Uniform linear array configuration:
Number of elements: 12
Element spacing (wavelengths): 0.25
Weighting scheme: exponential
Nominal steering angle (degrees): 0
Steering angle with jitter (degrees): -0.968
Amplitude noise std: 0.05
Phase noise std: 0.05

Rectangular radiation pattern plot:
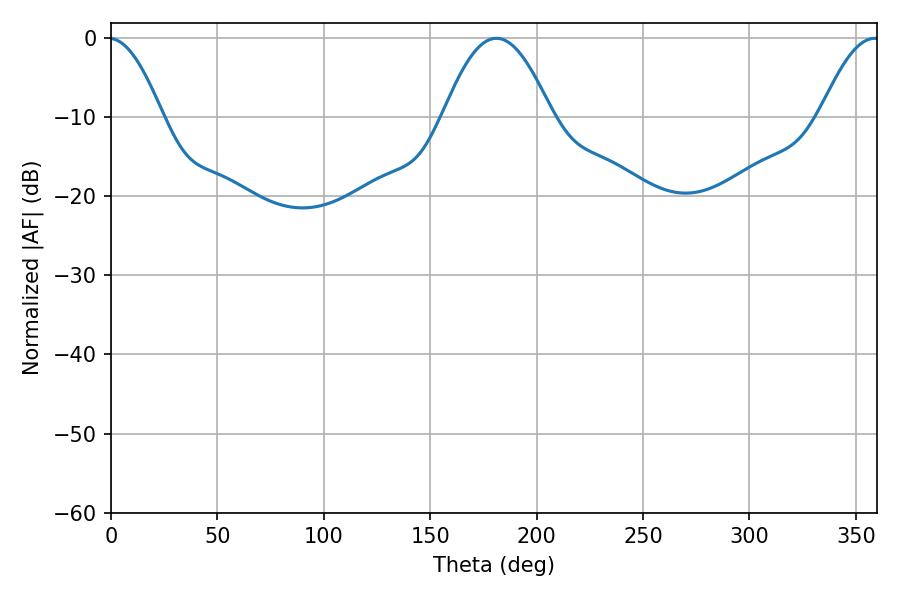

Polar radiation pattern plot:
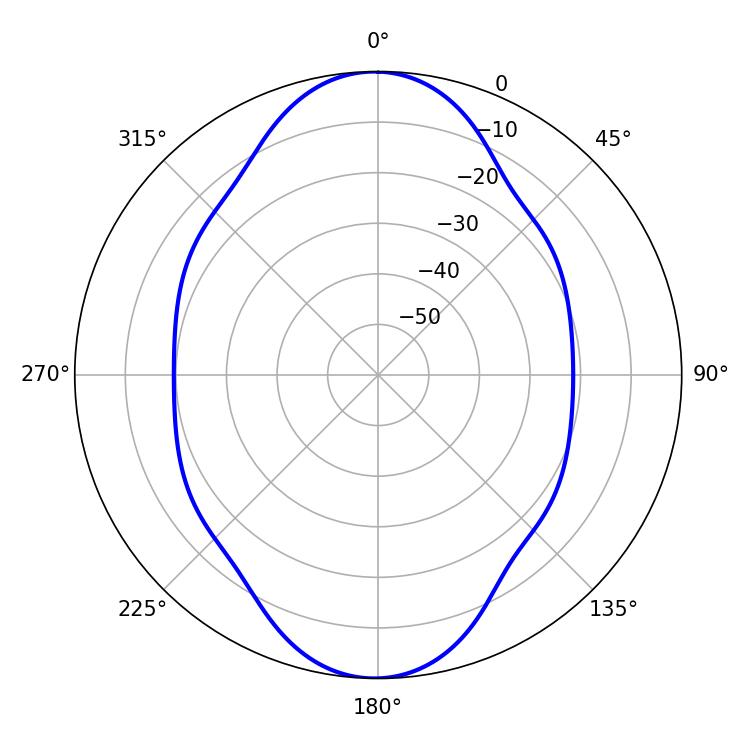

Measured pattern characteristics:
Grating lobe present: FALSE
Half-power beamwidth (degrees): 27.72
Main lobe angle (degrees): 181.08